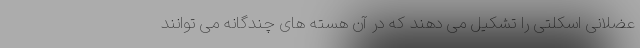
عضلانی اسکلتی را تشکیل می دهند که در آن هسته های چندگانه می توانند